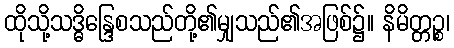
ထိုသို့သဒ္ဓိန္ဒြေစသည်တို့၏မျှသည်၏အဖြစ်၌။ နိမိတ္တဉ္စ၊